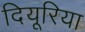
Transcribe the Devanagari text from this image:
दियूरिया